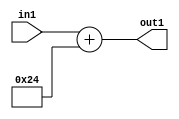
`timescale 1ps / 1ps
/*****************************************************************************
    Verilog RTL Description
    
    
    Created by: Stratus DpOpt 2019.1.01 
*******************************************************************************/

module DC_Filter_Add_12U_149_4 (
	in1,
	out1
	); /* architecture "behavioural" */ 
input [11:0] in1;
output [11:0] out1;
wire [11:0] asc001;

assign asc001 = 
	+(in1)
	+(12'B000000100100);

assign out1 = asc001;
endmodule

/* CADENCE  urj5Two= : u9/ySgnWtBlWxVPRXgAZ4Og= ** DO NOT EDIT THIS LINE ******/